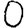
Digit: 0